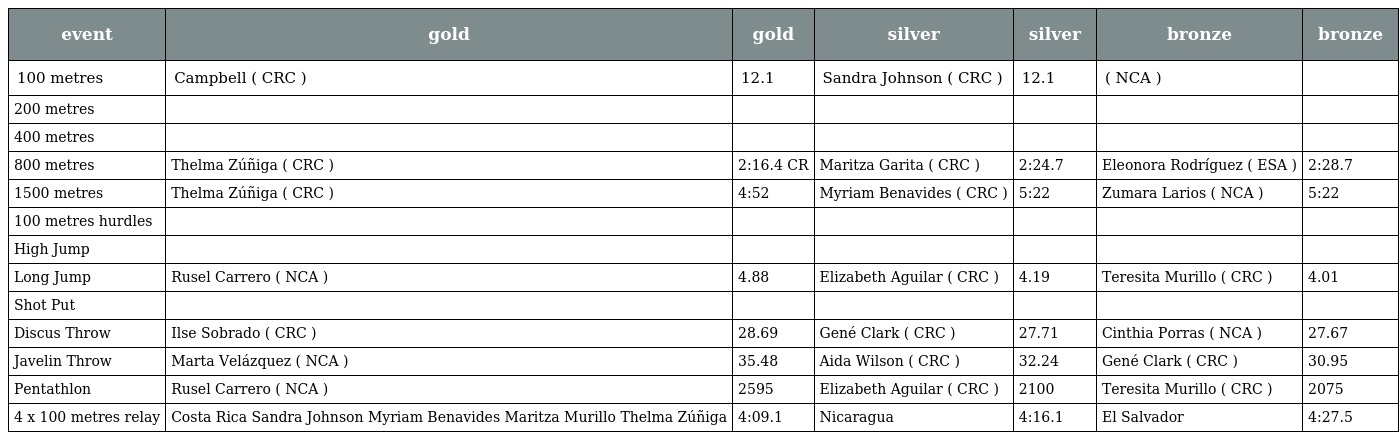
| event | gold | gold | silver | silver | bronze | bronze |
 | --- | --- | --- | --- | --- | --- | --- |
 | 100 metres | Campbell ( CRC ) | 12.1 | Sandra Johnson ( CRC ) | 12.1 | ( NCA ) |  |
 | 200 metres |  |  |  |  |  |  |
 | 400 metres |  |  |  |  |  |  |
 | 800 metres | Thelma Zúñiga ( CRC ) | 2:16.4 CR | Maritza Garita ( CRC ) | 2:24.7 | Eleonora Rodríguez ( ESA ) | 2:28.7 |
 | 1500 metres | Thelma Zúñiga ( CRC ) | 4:52 | Myriam Benavides ( CRC ) | 5:22 | Zumara Larios ( NCA ) | 5:22 |
 | 100 metres hurdles |  |  |  |  |  |  |
 | High Jump |  |  |  |  |  |  |
 | Long Jump | Rusel Carrero ( NCA ) | 4.88 | Elizabeth Aguilar ( CRC ) | 4.19 | Teresita Murillo ( CRC ) | 4.01 |
 | Shot Put |  |  |  |  |  |  |
 | Discus Throw | Ilse Sobrado ( CRC ) | 28.69 | Gené Clark ( CRC ) | 27.71 | Cinthia Porras ( NCA ) | 27.67 |
 | Javelin Throw | Marta Velázquez ( NCA ) | 35.48 | Aida Wilson ( CRC ) | 32.24 | Gené Clark ( CRC ) | 30.95 |
 | Pentathlon | Rusel Carrero ( NCA ) | 2595 | Elizabeth Aguilar ( CRC ) | 2100 | Teresita Murillo ( CRC ) | 2075 |
 | 4 x 100 metres relay | Costa Rica Sandra Johnson Myriam Benavides Maritza Murillo Thelma Zúñiga | 4:09.1 | Nicaragua | 4:16.1 | El Salvador | 4:27.5 |